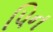
પિન